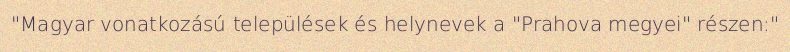
"Magyar vonatkozású települések és helynevek a "Prahova megyei" részen:"